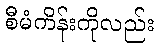
စီမံကိန်းကိုလည်း